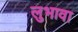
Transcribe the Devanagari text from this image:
लुभावा